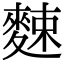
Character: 𪌶